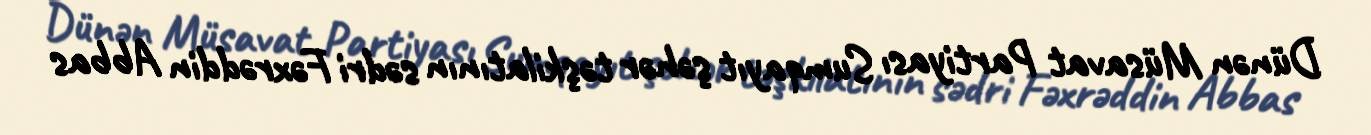
Dünən Müsavat Partiyası Sumqayıt şəhər təşkilatının sədri Fəxrəddin Abbas